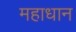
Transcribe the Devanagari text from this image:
महाधान